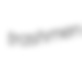
trashmen